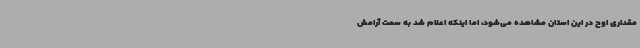
مقداری اوج در این استان مشاهده می‌شود، اما اینکه اعلام شد به سمت آرامش